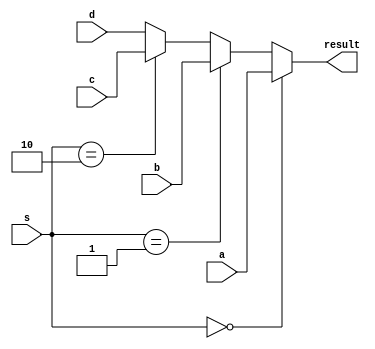
`timescale 1ns / 1ps
//////////////////////////////////////////////////////////////////////////////////
// Company: 
// Engineer: 
// 
// Design Name: 
// Module Name: mux4_1
// Project Name: 
// Target Devices: 
// Tool Versions: 
// Description: 
// 
// Dependencies: 
// 
// Revision:
// Revision 0.01 - File Created
// Additional Comments:
// 
//////////////////////////////////////////////////////////////////////////////////


module mux4_1(a,b,c,d,s,result);
input [31:0] a,b,c,d;
input [1:0] s;
output [31:0] result;

assign result = (s==2'b00) ? a :
                 (s==2'b01) ? b :
                 (s==2'b10) ? c :d ;

endmodule